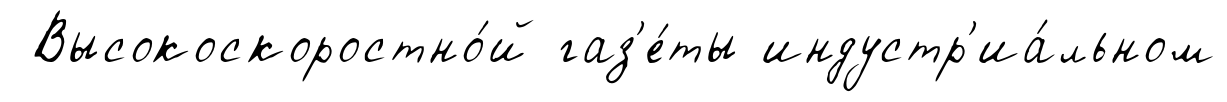
Высокоскоростно́й газ'е́ты индустр'иа́льном